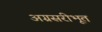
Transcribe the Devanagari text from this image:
अग्रसरीभूत